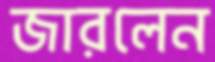
জারলেন